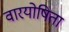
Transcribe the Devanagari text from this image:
वारयोषिता